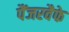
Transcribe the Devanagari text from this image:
पैंजरवैफे